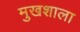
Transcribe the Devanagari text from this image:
मुखशाला